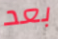
بعد